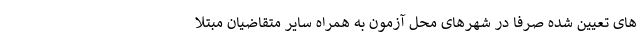
های تعیین شده صرفاً در شهرهای محل آزمون به همراه سایر متقاضیان مبتلا